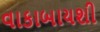
વાકાબાયશી